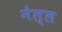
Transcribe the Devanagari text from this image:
नेल्ल